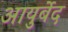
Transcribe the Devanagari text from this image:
आयुर्बेद